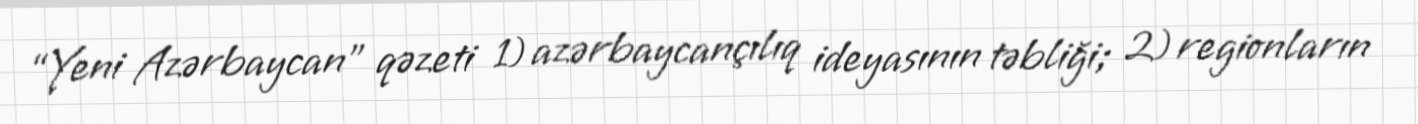
“Yeni Azərbaycan” qəzeti 1) azərbaycançılıq ideyasının təbliği; 2) regionların